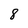
Character: 8